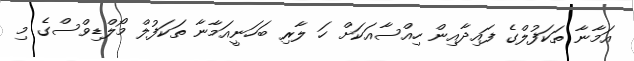
އަމާނާ ތަކަފުލްގެ ފައިދާއިން ހިއްސާއަކަށް ހަ ލާރި ބަހަނީއަމާނާ ތަކަފުލް މޯލްޑިވްސްގެ މި